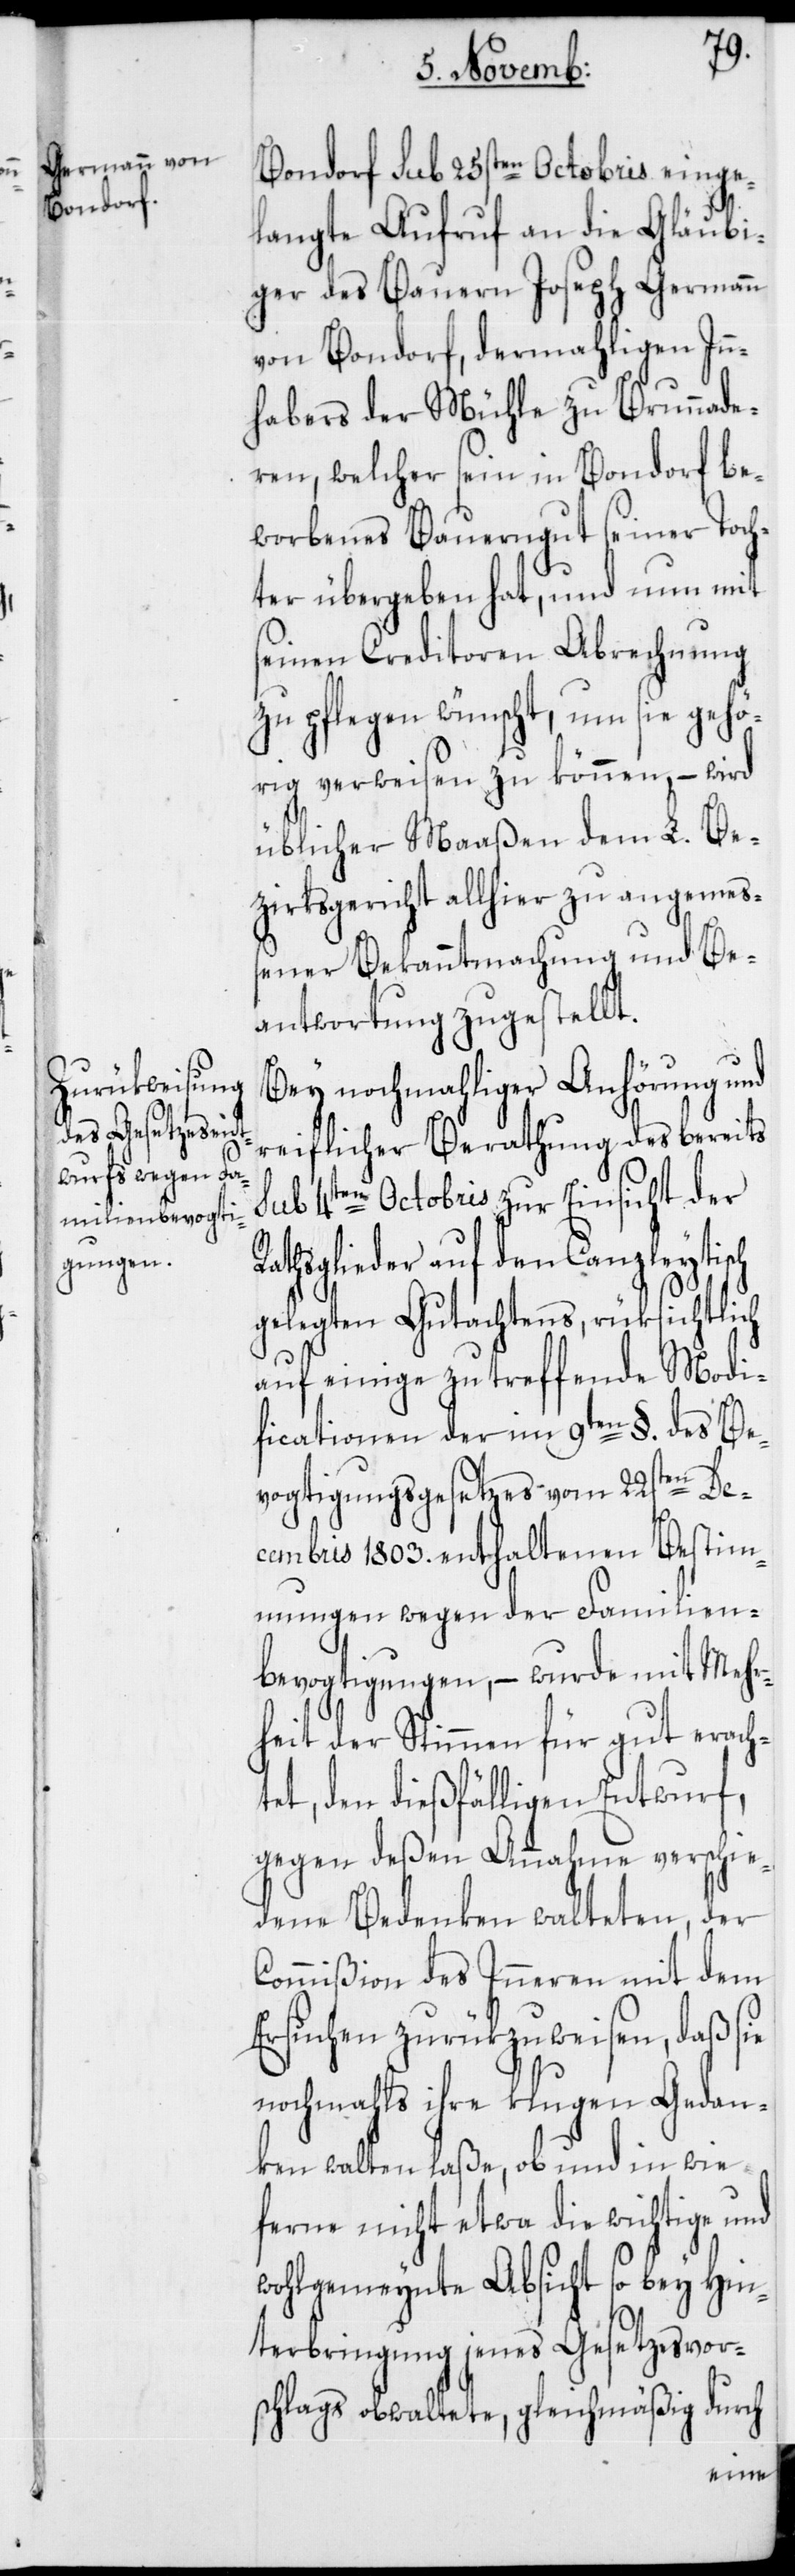
Bondorf sub 25sten Octobris einge¬
langte Aufruf an die Gläubi¬
ger des Bauern Joseph Germann
von Bondorf, dermahligen In¬
habers der Mühle zu Brunnade¬
rn, welcher sein in Bondorf be¬
worbenes Bauerngut seiner Toch¬
ter übergeben hat, und nun mit
seinen Creditoren Abrechnung
zu pflegen wünscht, um sie gehö¬
rig verweisen zu können, – wird
üblicher Maaßen dem L. Be¬
zirksgericht allhier zu angemeß¬
ener Bekanntmachung und Be¬
antwortung zugestellt.
Bey nochmahliger Anhörung und
reiflicher Berathung des bereits
R¬
sub 4ten Octobris zur Einsicht der
athsglieder auf den Canzleytisch
gelegten Gutachtens, rüksichtlich
auf einige zu treffende Modi¬
ficationen der im 9ten §. des Be¬
vogtigungsgesetzes vom 22sten De¬
cembris 1803. enthaltenen Bestim¬
mungen wegen der Familien¬
bevogtigungen, – wurde mit Mehr¬
heit der Stimmen für gut eracht¬
et, den dießfälligen Entwurf,
gegen deßen Annahme verschie¬
dene Bedenken walteten, der
Commißion des Inneren mit dem
Ersuchen zurükzuweisen, daß sie
nochmahls ihre klugen Gedan¬
ken walten laße, ob und in wie
ferne nicht etwa die wichtige und
wohlgemeynte Absicht so bey Hin¬
terbringung jenes Gesetzesvor¬
schlags obwaltete, gleichmäßig durch